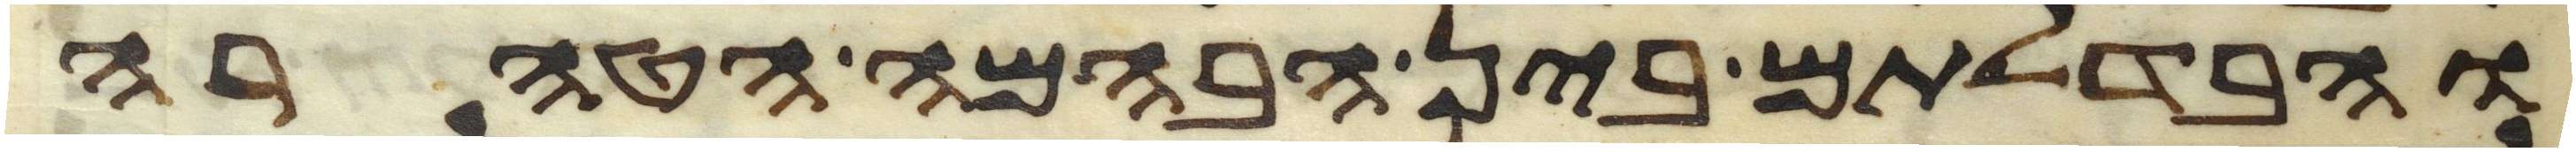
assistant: והבדלתם בין הבהמה הטהרה